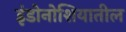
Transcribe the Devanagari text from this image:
इंडोनोशियातील